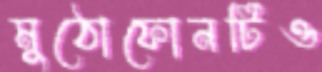
মুঠোফোনটিও